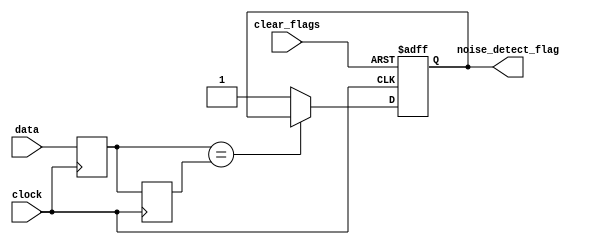
module noisy_data_detector(clock, data, clear_flags, noise_detect_flag);

parameter data_width=2;
input clock;
input [data_width-1:0] data;
input clear_flags;
output reg noise_detect_flag;

reg [data_width-1:0] data_0;
reg [data_width-1:0] data_1;

always @ (posedge clock or posedge clear_flags) begin
	if (clear_flags) noise_detect_flag<=0;
	else begin
		noise_detect_flag<=(data_0==data_1)?noise_detect_flag:1;
	end
end

always @ (posedge clock)
begin
	data_0<=data;
	data_1<=data_0;
end

endmodule



// AS: modified to make sampling circuit synchronous instead
//     of asynchronous (5/30)
module data_transition_detector(clock,data,sample,data_transition_flag);
parameter data_width=2;
input clock;
input [data_width-1:0] data;
input sample;
output  data_transition_flag;

reg [data_width-1:0] data_0;
reg [data_width-1:0] data_1;

reg                  sample_reg;

assign data_transition_flag=data_0!=data_1;
//always @ (negedge sample) begin
always @ (posedge clock) begin
  sample_reg <= sample;
  if (!sample_reg && sample)
  begin
    data_0<=data;
    data_1<=data_0;
  end
end

endmodule



module flag_generator (clock,data,clear_flags,flag);
parameter data_width=2;
input clock;
input [data_width-1:0] data;
input clear_flags;
output flag;


wire data_transition_flag;
wire noise_detect_flag;

defparam noise_detect.data_width=data_width;
defparam transition_detect.data_width=data_width;
noisy_data_detector noise_detect (.clock(clock),.data(data),.clear_flags(clear_flags),.noise_detect_flag(noise_detect_flag));
data_transition_detector transition_detect (.clock(clock), .data(data),.sample(clear_flags),.data_transition_flag(data_transition_flag));

assign flag=data_transition_flag|noise_detect_flag;

endmodule